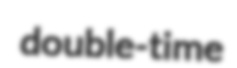
double-time